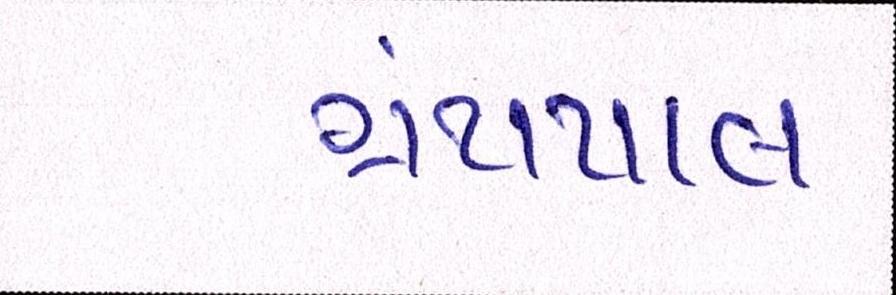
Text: ગ્રંથપાલ